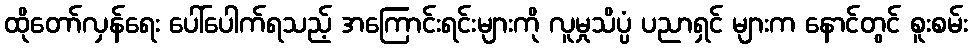
ထိုတော်လှန်ရေး ပေါ်ပေါက်ရသည့် အကြောင်းရင်းများကို လူမှုသိပ္ပံ ပညာရှင် များက နောင်တွင် စူးစမ်း